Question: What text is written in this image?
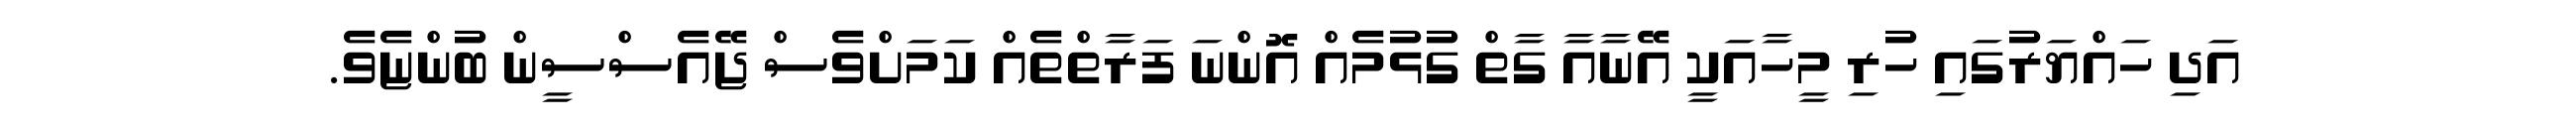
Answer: އަދި ހައްޔަރުގައި ހުރި މީހާއަކީ އޭނާއާ ގާތް ގުޅުމެއް އޮންނަ ފަރާތްތެއް ކަމަށްވެސް ޖޭއެސްސީން ބުންޏެވެ.